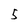
Character: 5